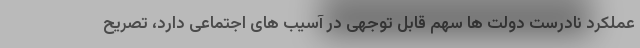
عملکرد نادرست دولت ها سهم قابل توجهی در آسیب های اجتماعی دارد، تصریح